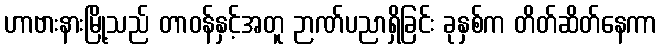
ဟာဗားနားမြို့သည် တာဝန်နှင့်အတူ ဉာဏ်ပညာရှိခြင်း ခုနှစ်က တိတ်ဆိတ်နေကာ